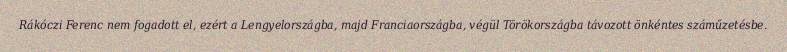
Rákóczi Ferenc nem fogadott el, ezért a Lengyelországba, majd Franciaországba, végül Törökországba távozott önkéntes száműzetésbe.